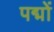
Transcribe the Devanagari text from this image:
पद्मों